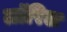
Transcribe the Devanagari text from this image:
लॉरिल